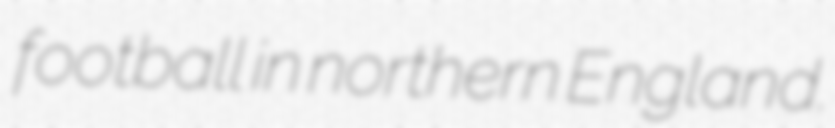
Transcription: football in northern England.